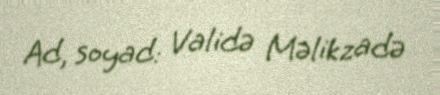
Ad, soyad: Validə Məlikzadə